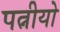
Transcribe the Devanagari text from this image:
पत्नीयो